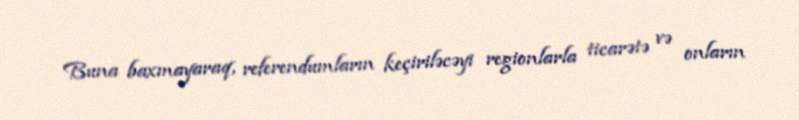
Buna baxmayaraq, referendumların keçiriləcəyi regionlarla ticarətə və onların